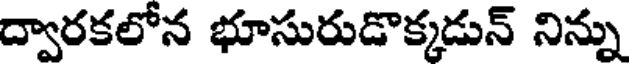
ద్వారకలోన భూసురుడొక్కడున్ నిన్ను